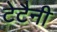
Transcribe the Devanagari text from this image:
टेटैनी